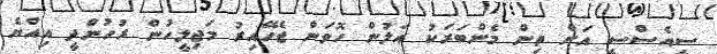
ސީއެސްސީ އަށް ތިން މެންބަރަކު އަލުން ހޮވަން ޖެހޭއިރު މަޖިލީހުން ރުހުންދީ އިއްޔެ